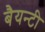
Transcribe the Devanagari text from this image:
बैयन्टी